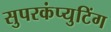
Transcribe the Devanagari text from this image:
सुपरकंप्युटिंग